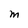
Character: M